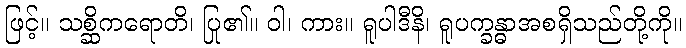
ဖြင့်။ သစ္ဆိကရောတိ၊ ပြု၏။ ဝါ၊ ကား။ ရူပါဒီနိ၊ ရူပက္ခန္ဓာအစရှိသည်တို့ကို။